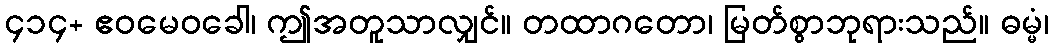
၄၁၄+ ဧဝမေဝခေါ၊ ဤအတူသာလျှင်။ တထာဂတော၊ မြတ်စွာဘုရားသည်။ ဓမ္မံ၊